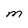
Character: M